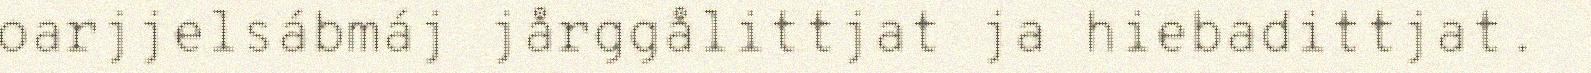
oarjjelsábmáj jårggålittjat ja hiebadittjat.